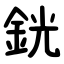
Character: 銧